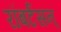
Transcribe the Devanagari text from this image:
रॉबर्टसन्